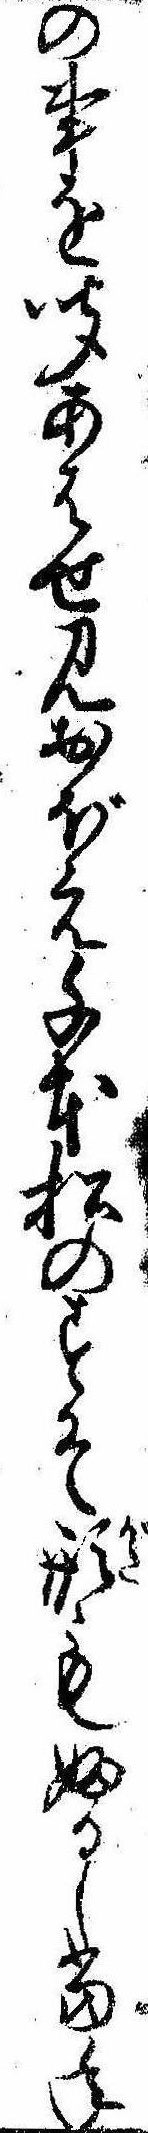
の事を聞あはせ見おぼえ千本松のすそ形もふるし当年